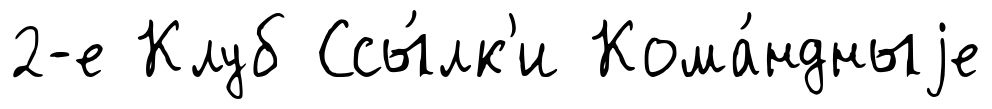
2-е Клуб Ссы́лк'и Кома́ндныjе